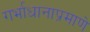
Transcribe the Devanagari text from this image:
गर्भाधानाप्रमाणे